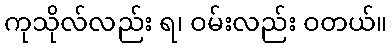
ကုသိုလ်လည်း ရ၊ ဝမ်းလည်း ဝတယ်။